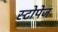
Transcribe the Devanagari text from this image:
स्टोपेज